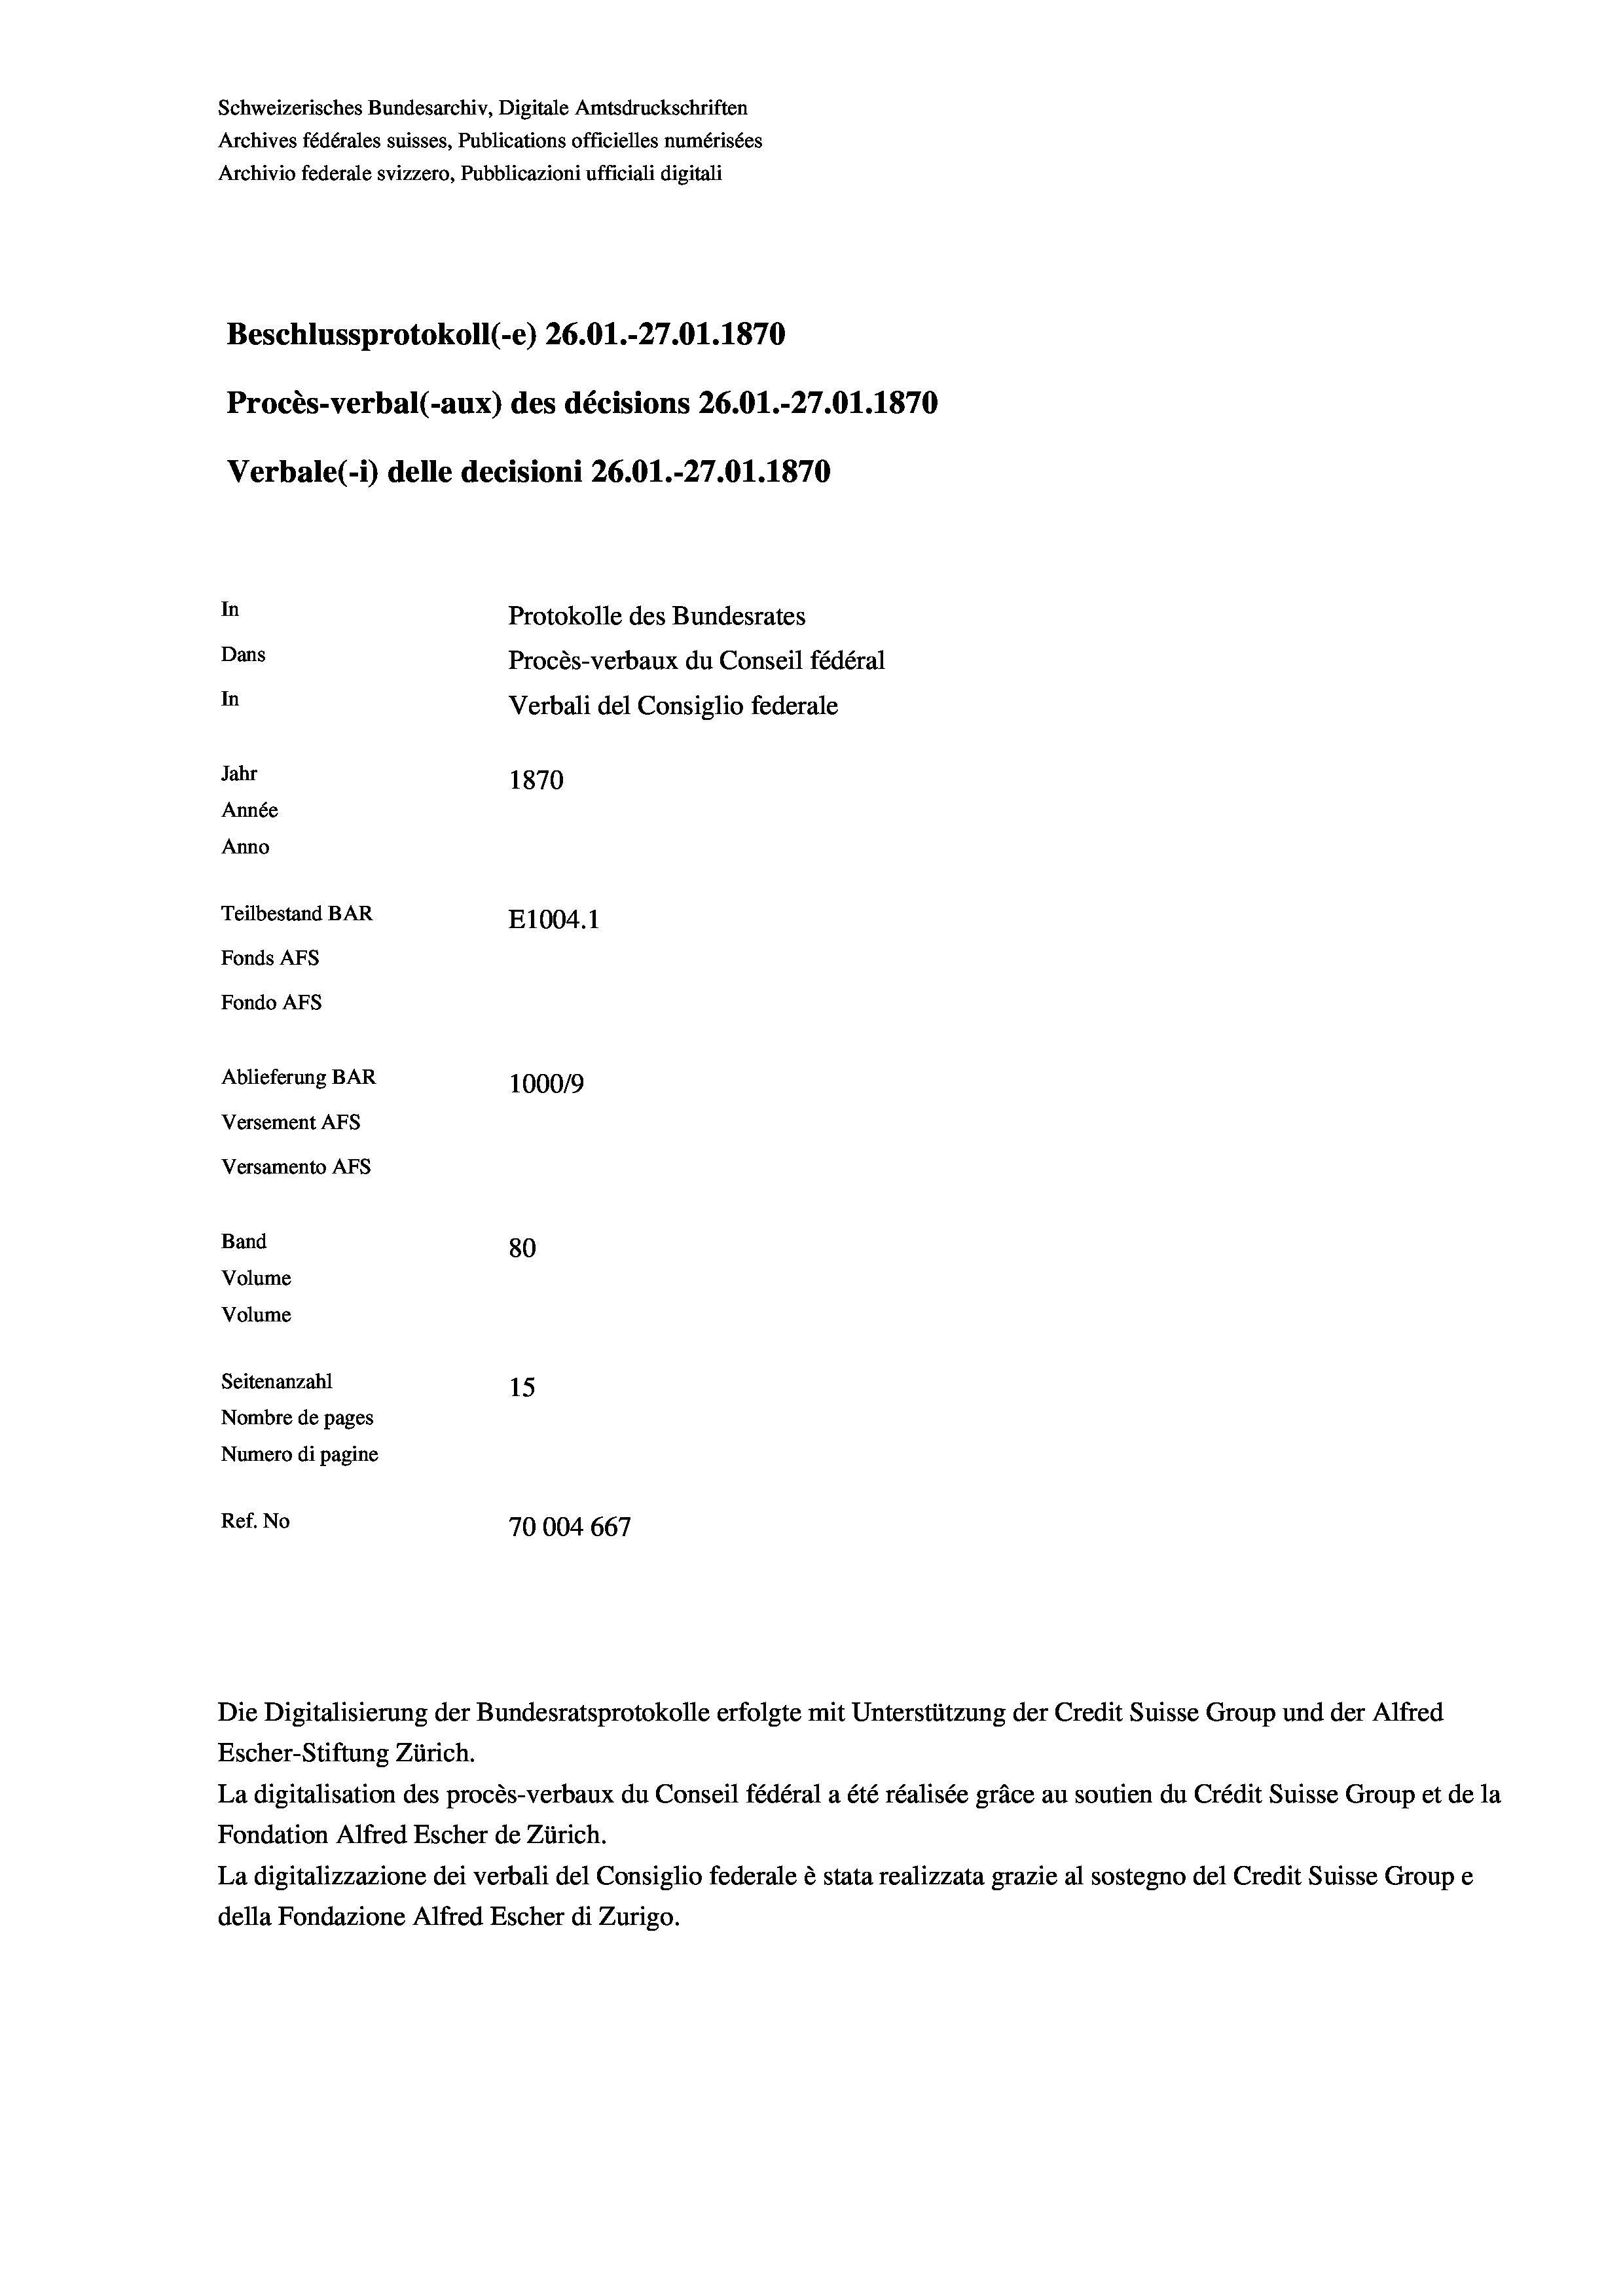
Schweizerisches Bundesarchiv, Digitale Amtsdruckschriften
Archives fédérales suisses, Publications officielles numérisées
Archivio federale svizzero, Pubblicazioni ufficiali digitali
Beschlussprotokoll (-e) 26.01.-27.01. 1870
Procès-verbal (-aux) des décisions 26.01.-27.01. 1870
Verbale (- 1) delle decisioni 26.01.-27.01. 1870
In
Protokolle des Bundesrates
Dans
Procès-verbaux du Conseil fédéral
In
Verbali del Consiglio federale
Jahr
1870
Année
Anno
Teilbestand BAR
E1004. 1
Fonds AFs
Fondo Afs
Ablieferung BAR
100019
Versement AFs
Versamento AFs

80
Seitenanzahl
15
Nombre de pages
Numero di pagine
Ref. No
70004 667

Band
Volume
Volume

Escher-Stiftung Zürich.
La digitalisation des procès-verbaux du Conseil fédéral a été réalisée gräce au soutien du Crédit Suisse Group et de la
Fondation Alfred Escher de Zürich.
La digitalizzazione dei verbali del Consiglio federale è stata realizzata grazie al sostegno del Credit Suisse Groupe
della Fondazione Alfred Escher di Zurigo.

Die Digitalisierung der Bundesratsprotokolle erfolgte mit Unterstützung der Credit Suisse Group und der Alfred